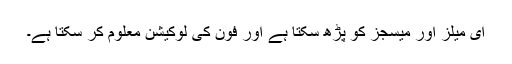
ای میلز اور میسجز کو پڑھ سکتا ہے اور فون کی لوکیشن معلوم کر سکتا ہے۔